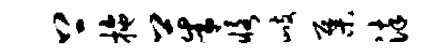
上拖茱恪歧集染